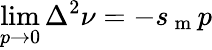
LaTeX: \operatorname*{lim}_{p\rightarrow 0}\Delta^{2}\nu=-s_{\mathrm{~m~}}p